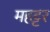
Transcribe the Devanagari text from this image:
महट्टर